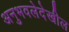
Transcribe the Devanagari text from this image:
अनुभवलेदेखील